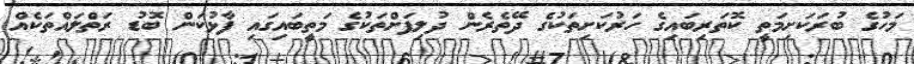
މަހުގެ ބުރަކަށިމަތީ ކޮތަރިބައިގެ ހަރުކަށިތަކުގެ ދޭތެރެން ދުލިފަށްތަކުގެ މަތީބައިގައި ފާޅުކަން ބޮޑު ރަތްލައްތަކެއް